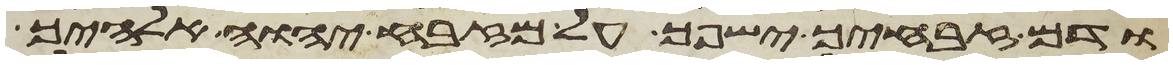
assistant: ודם זבחיך ישפך על מזבח יהוה אלהיך